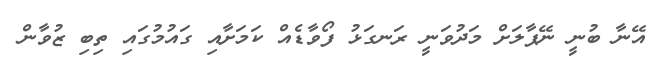
އޭނާ ބުނީ ނޭޕާލަށް މަދުވަނީ ރަނގަޅު ފޯވާޑެއް ކަމަށާއި ގައުމުގައި ތިބި ޒުވާން